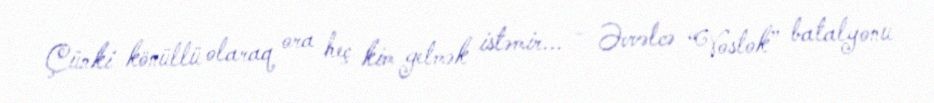
Çünki könüllü olaraq ora heç kim getmək istəmir... - Əvvəlcə “Vostok” batalyonu